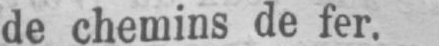
de chemins de fer.